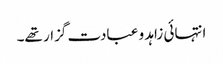
انتہائی زاہد و عبادت گزار تھے۔